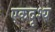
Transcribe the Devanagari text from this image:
एकदृश्य